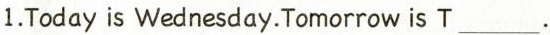
1.Today is Wednesday.Tomorrow is T ___ .